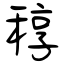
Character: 稕